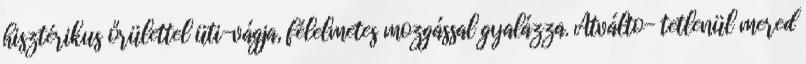
hisztérikus őrülettel üti-vágja, félelmetes mozgással gyalázza. Átválto- tetlenül mered